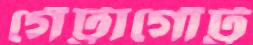
গেঁট্টাগোঁট্ট